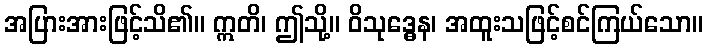
အပြားအားဖြင့်သိ၏။ ဣတိ၊ ဤသို့။ ဝိသုဒ္ဓေန၊ အထူးသဖြင့်စင်ကြယ်သော။